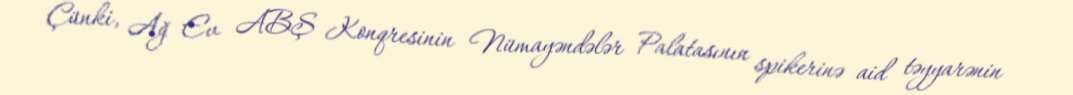
Çünki, Ağ Ev ABŞ Konqresinin Nümayəndələr Palatasının spikerinə aid təyyarənin